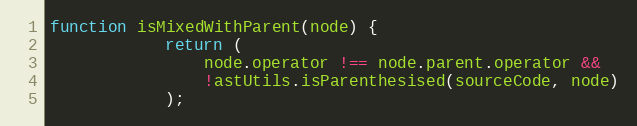
Language: JavaScript
function isMixedWithParent(node) {
            return (
                node.operator !== node.parent.operator &&
                !astUtils.isParenthesised(sourceCode, node)
            );